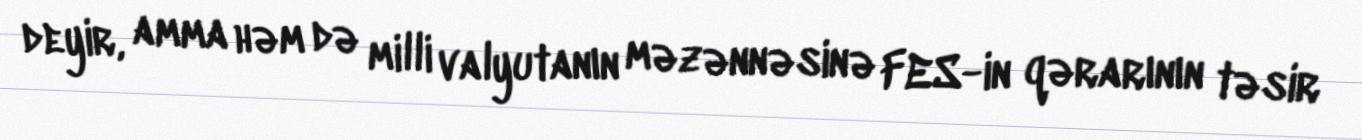
deyir, amma həm də milli valyutanın məzənnəsinə FES-in qərarının təsir